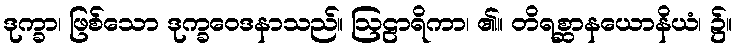
ဒုက္ခာ၊ ဖြစ်သော ဒုက္ခဝေဒနာသည်။ ဩဠာရိကာ၊ ၏။ တိရစ္ဆာနယောနိယံ၊ ၌။